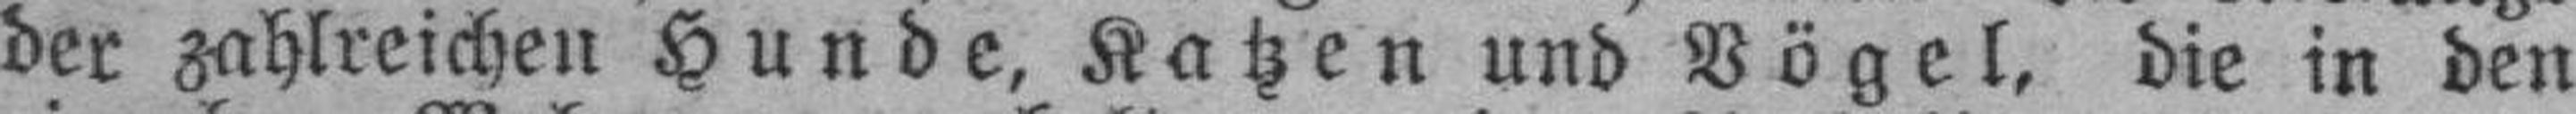
der zahlreichen Hunde, Katzen und Vögel, die in den